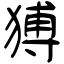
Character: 猼